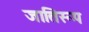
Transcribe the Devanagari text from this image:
जातिरूप